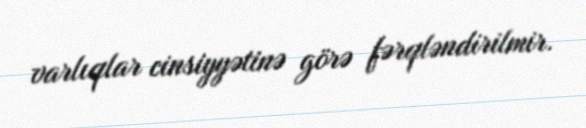
varlıqlar cinsiyyətinə görə fərqləndirilmir.